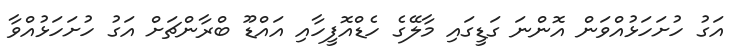
އަގު ހުށަހަޅުއްވަން އޮންނަ ގަޑީގައި މާލޭގެ ހެޑްއޮފީހާއި އައްޑޫ ބްރާންޗަށް އަގު ހުށަހަޅުއްވާ